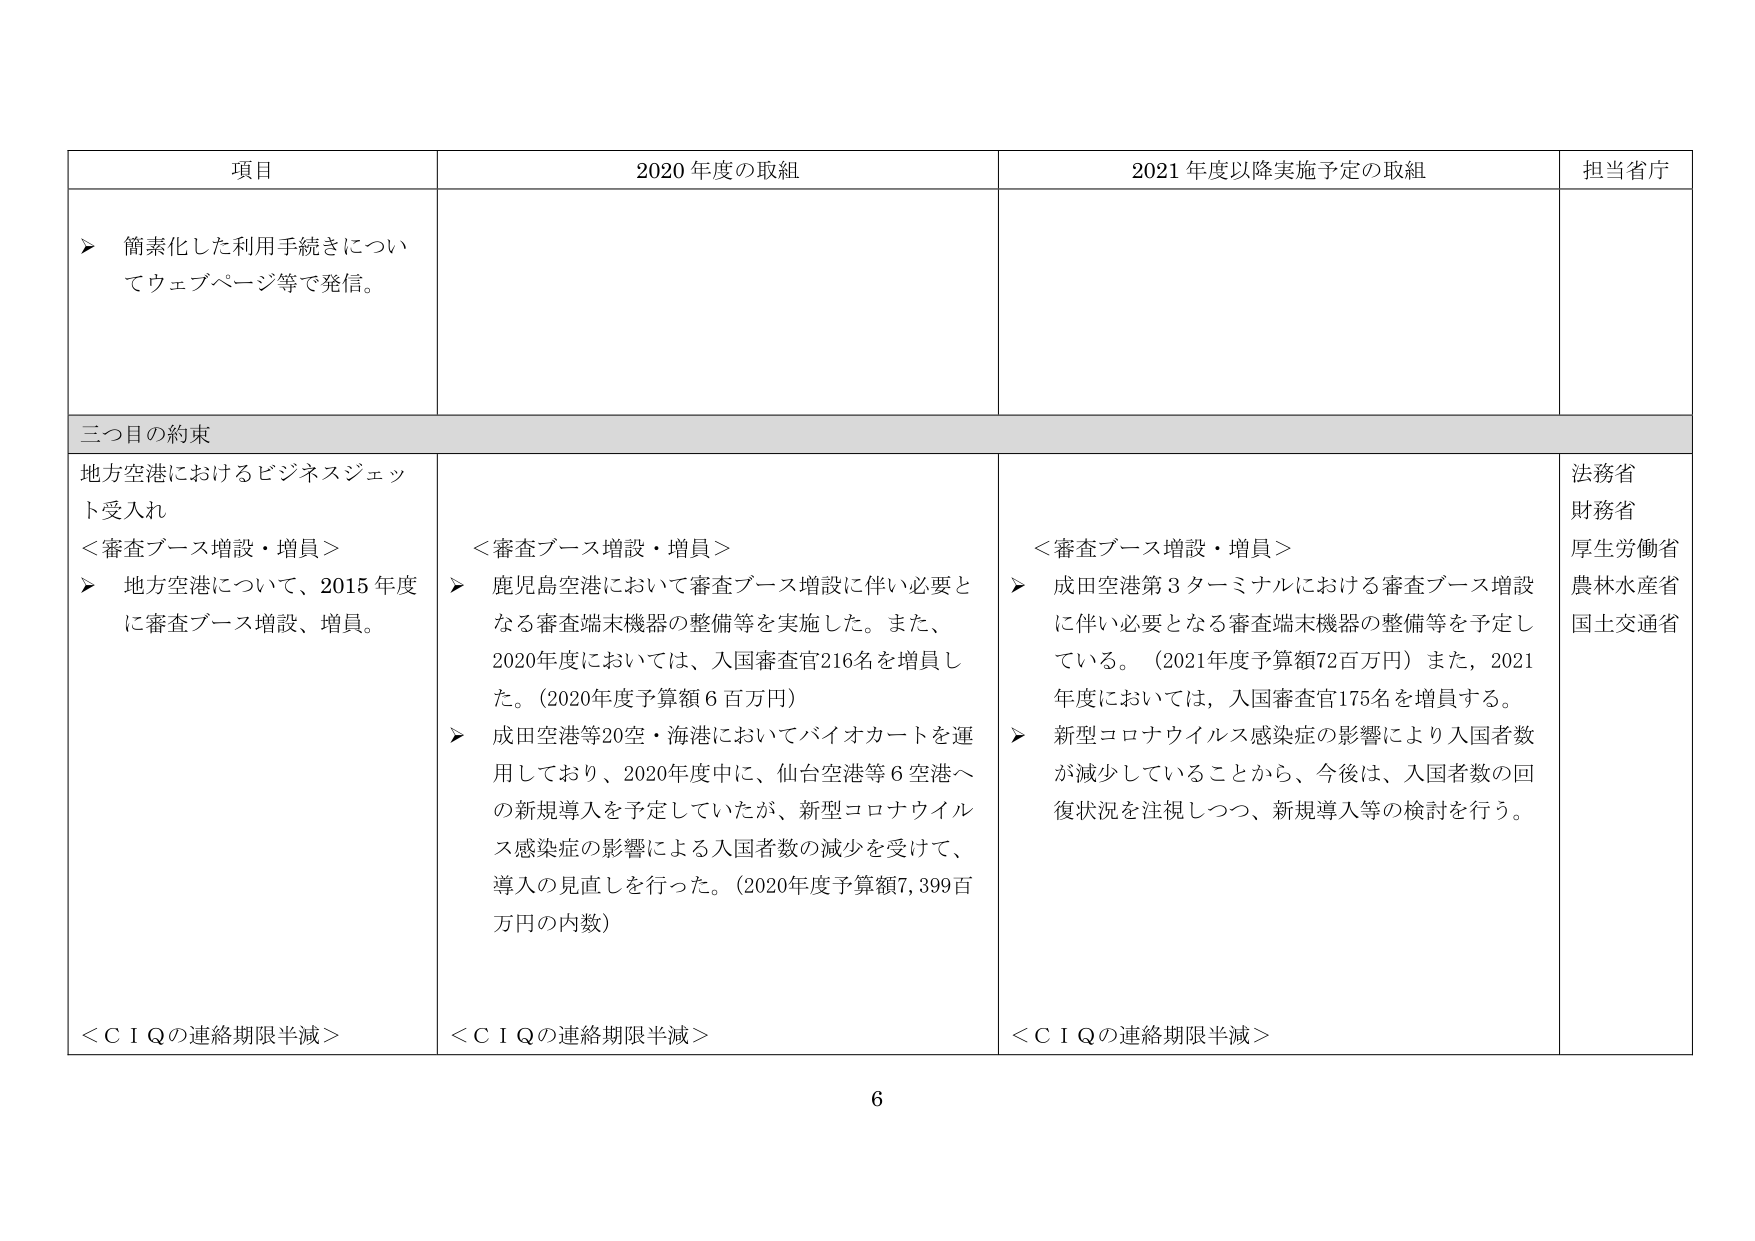
項目 2020年度の取組 2021年度以降実施予定の取組 担当省庁
▶ 簡素化した利用手続きについてウェブページ等で発信。
三つ目の約束
地方空港におけるビジネスジェット受入れ
＜審査ブース増設・増員＞
▶ 地方空港について、2015年度に審査ブース増設、増員。
＜審査ブース増設・増員＞
▶ 鹿児島空港において審査ブース増設に伴い必要となる審査端末機器の整備等を実施した。また、2020年度においては、入国審査官216名を増員した。（2020年度予算額6百万円）
▶ 成田空港等20空・海港においてバイオカートを運用しており、2020年度中には、仙台空港等6空港への新規導入を予定していたが、新型コロナウイルス感染症の影響による入国者数の減少を受けて、導入の見直しを行った。（2020年度予算額7,399百万円の内数）
＜審査ブース増設・増員＞
▶ 成田空港第3ターミナルにおける審査ブース増設に伴い必要となる審査端末機器の整備等を予定している。（2021年度予算額72百万円）また、2021年度においては、入国審査官175名を増員する。
▶ 新型コロナウイルス感染症の影響により入国者数が減少していることから、今後は、入国者数の回復状況を注視しつつ、新規導入等の検討を行う。
法務省
財務省
厚生労働省
農林水産省
国土交通省
＜ＣＩＱの連絡期限半減＞
＜ＣＩＱの連絡期限半減＞
＜ＣＩＱの連絡期限半減＞
6